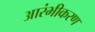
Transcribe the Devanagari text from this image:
आरंभीकरण